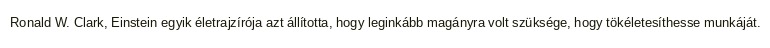
Ronald W. Clark, Einstein egyik életrajzírója azt állította, hogy leginkább magányra volt szüksége, hogy tökéletesíthesse munkáját.